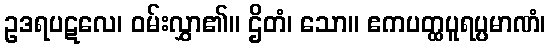
ဥဒရပဋလေ၊ ဝမ်းလွှာ၏။ ဌိတံ၊ သော။ ဧကပတ္ထပူရပ္ပမာဏံ၊